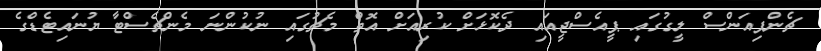
ޗެންޕިއަންސް ލީގުގައި ޕީއެސްޖީއައި ދެކޮޅަށް ކުރިއަށް އޮތް މެޗުގައި ނުކުންނަ މެންޗެސްޓާ ޔުނައިޓެޑްގެ